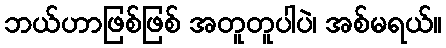
ဘယ်ဟာဖြစ်ဖြစ် အတူတူပါပဲ၊ အစ်မရယ်။